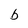
Character: b